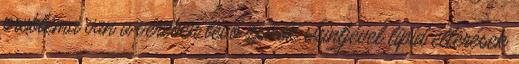
probléma van a vérében lévő zsírok szintjével lipid eltérések